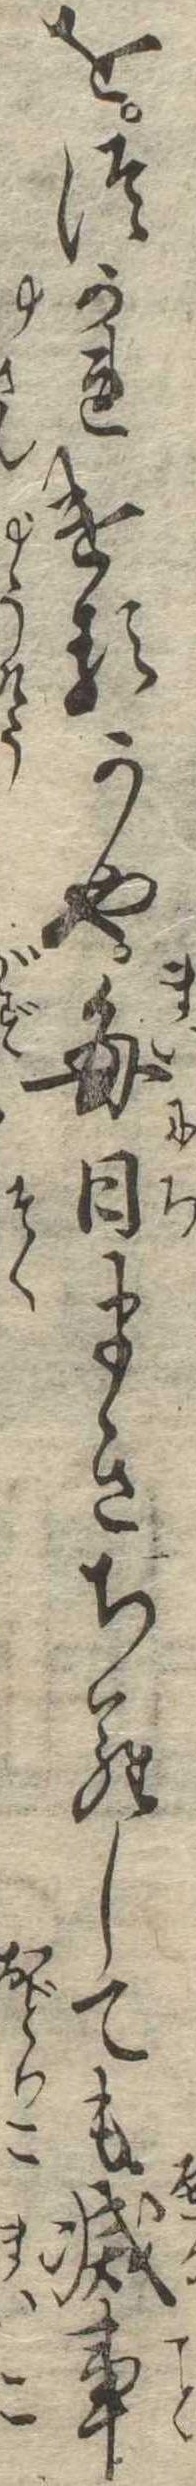
をつかれけるかや毎日まきちらしても減事